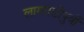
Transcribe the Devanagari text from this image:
लागवडीपुर्वी